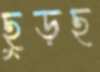
ছুড়ছ